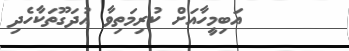
އަބިމީހާއަށް ކުރިމަތިވާ އުދަގޫތަކާހެދި